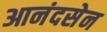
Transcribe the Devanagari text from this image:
आनंदसेन